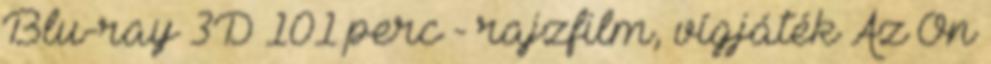
Blu-ray 3D 101 perc - rajzfilm, vígjáték Az Ön